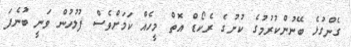
ގެންގުޅެ ބޭނުންކުރުމުގެ ކުށުގެ ރެކޯޑް އޮތް މީހެއް ކަމަށްވެސް ފުލުހުން ވަނީ ބުނެފަ